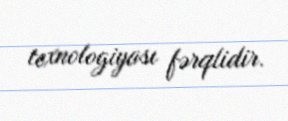
texnologiyası fərqlidir.